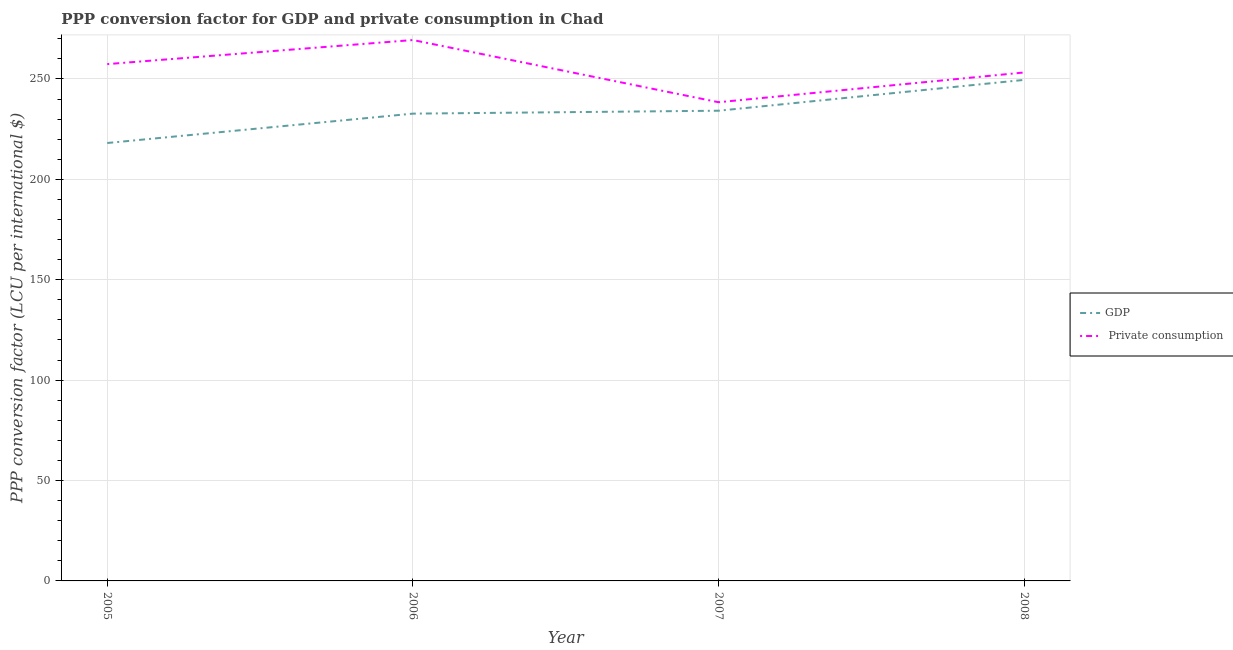
| Year | GDP |  Private consumption |
 | --- | --- | --- |
 | 2005 | 218 | 257 |
 | 2006 | 233 | 269 |
 | 2007 | 234 | 238 |
 | 2008 | 250 | 253 |